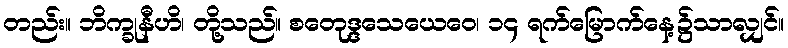
တည်း။ ဘိက္ခုနီဟိ၊ တို့သည်။ စတေုဒ္ဒသေယေဝေ၊ ၁၄ ရက်မြောက်နေ့၌သာလျှင်။